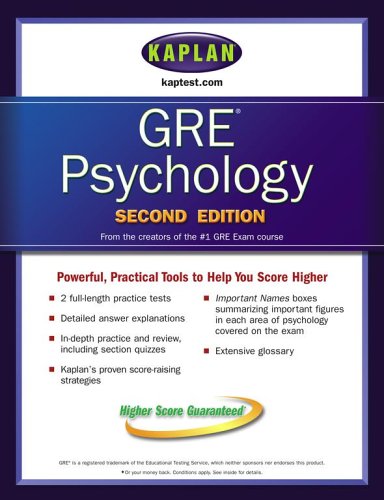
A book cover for Kaplan GRE Psychology; Kaplan; Test Preparation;